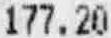
177.20